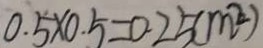
0 . 5 \times 0 . 5 = 0 . 2 5 ( m ^ { 2 } )